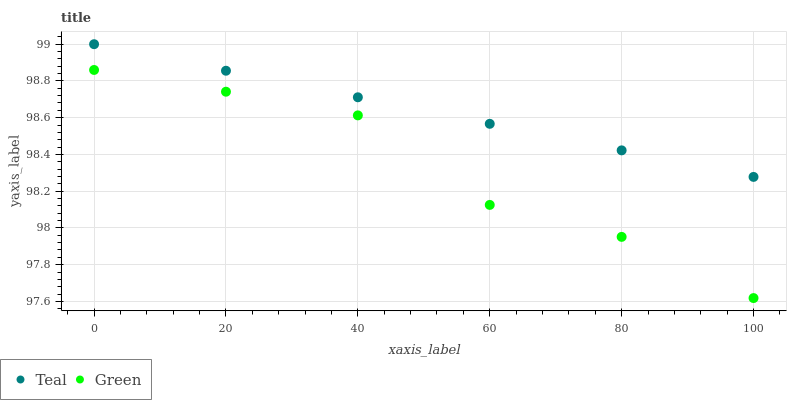
| xaxis_label | Teal | Green |
 | --- | --- | --- |
 | 0 | 99 | 98.9 |
 | 20 | 98.9 | 98.7 |
 | 40 | 98.7 | 98.6 |
 | 60 | 98.6 | 98.1 |
 | 80 | 98.4 | 98 |
 | 100 | 98.3 | 97.6 |